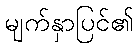
မျက်နှာပြင်၏